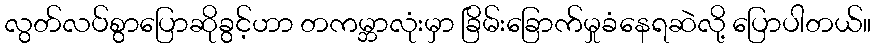
လွတ်လပ်စွာပြောဆိုခွင့်ဟာ တကမ္ဘာလုံးမှာ ခြိမ်းခြောက်မှုခံနေရဆဲလို့ ပြောပါတယ်။